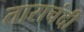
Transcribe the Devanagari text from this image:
ताराचंदी